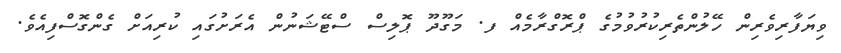
ވިޔަފާރިވެރިން ހޭލުންތެރިކުރުވުމުގެ ޕްރޮގްރާމެއް ފ. މަގޫދޫ ޕޮލިސް ސްޓޭޝަނުން އެރަށުގައި ކުރިއަށް ގެންގޮސްފިއެވެ.